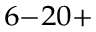
^ { 6 - 2 0 + }